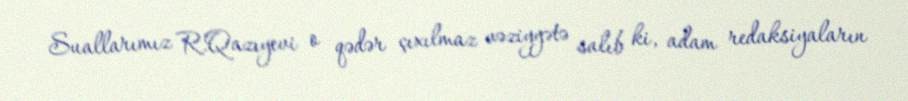
Suallarımız R.Qazıyevi o qədər çıxılmaz vəziyyətə salıb ki, adam redaksiyaların